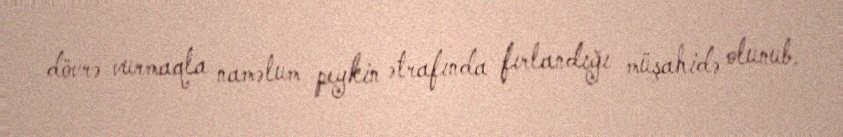
dövrə vurmaqla naməlum peykin ətrafında fırlandığı müşahidə olunub.